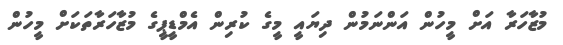
މުޒާހަރާ އަށް މީހުން އަންނަމުން ދިޔައީ މީގެ ކުރިން އެމްޑީޕީގެ މުޒާހަރާތަކަށް މީހުން